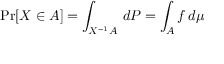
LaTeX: \operatorname* { P r } [ X \in A ] = \int _ { X ^ { - 1 } A } \, d P = \int _ { A } f \, d \mu